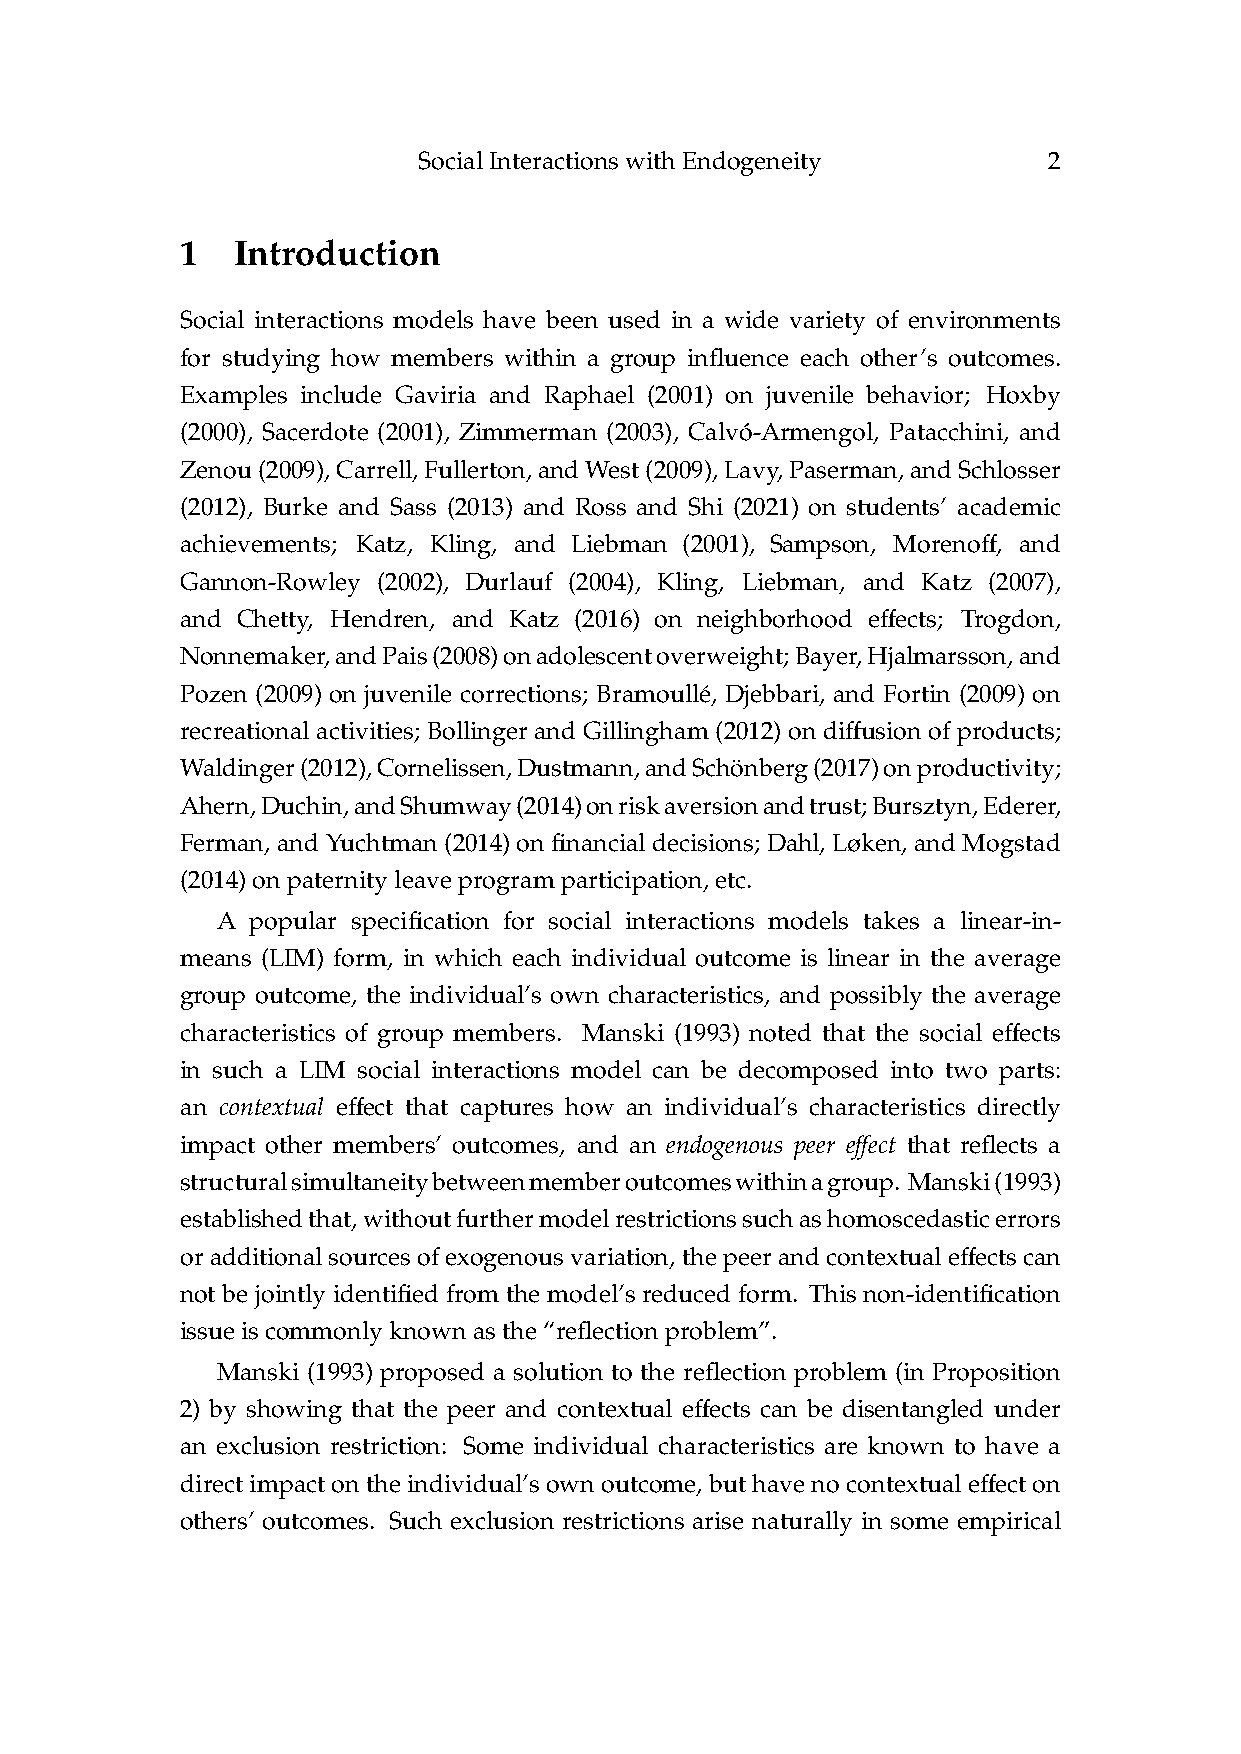
SocialInteractionswithEndogeneity        2
 1  Introduction
 Social interactions models have been used in a wide variety of environments
 for studying how members within a group influence each other’s outcomes.
 Examples include Gaviria and Raphael (2001) on juvenile behavior; Hoxby
 (2000), Sacerdote (2001), Zimmerman (2003), Calvó-Armengol, Patacchini, and
 Zenou(2009),Carrell,Fullerton,andWest(2009),Lavy,Paserman,andSchlosser
 (2012), Burke and Sass (2013) and Ross and Shi (2021) on students’ academic
 ff
 achievements; Katz, Kling, and Liebman (2001), Sampson, Moreno , and
 Gannon-Rowley (2002), Durlauf (2004), Kling, Liebman, and Katz (2007),
 ff
 and Chetty, Hendren, and Katz (2016) on neighborhood e ects; Trogdon,
 Nonnemaker,andPais(2008)onadolescentoverweight;Bayer,Hjalmarsson,and
 Pozen (2009) on juvenile corrections; Bramoullé, Djebbari, and Fortin (2009) on
 ff
 recreational activities; Bollinger and Gillingham (2012) on di usion of products;
 Waldinger(2012),Cornelissen,Dustmann,andSchönberg(2017)onproductivity;
 Ahern,Duchin,andShumway(2014)onriskaversionandtrust;Bursztyn,Ederer,
 Ferman, and Yuchtman (2014) on financial decisions; Dahl, Løken, and Mogstad
 (2014)onpaternityleaveprogramparticipation,etc.
 A  popular specification for social interactions models takes a linear-in-
 means (LIM) form, in which each individual outcome is linear in the average
 group outcome, the individual’s own characteristics, and possibly the average
 ff
 characteristics of group members. Manski (1993) noted that the social e ects
 in such a LIM social interactions model can be decomposed into two parts:
 ff
 an contextual e ect that captures how an individual’s characteristics directly
 ff
 impact other members’ outcomes, and an endogenous peer e ect that reflects a
 structuralsimultaneitybetweenmemberoutcomeswithinagroup. Manski(1993)
 establishedthat,withoutfurthermodelrestrictionssuchashomoscedasticerrors
 ff
 or additional sources of exogenous variation, the peer and contextual e ects can
 not be jointly identified from the model’s reduced form. This non-identification
 issueiscommonlyknownasthe“reflectionproblem”.
 Manski (1993) proposed a solution to the reflection problem (in Proposition
 ff
 2) by showing that the peer and contextual e ects can be disentangled under
 an exclusion restriction: Some individual characteristics are known to have a
 ff
 direct impact on the individual’s own outcome, but have no contextual e ect on
 others’ outcomes. Such exclusion restrictions arise naturally in some empirical